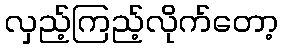
လှည့်ကြည့်လိုက်တော့